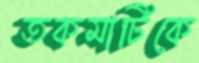
তকমাটিকে